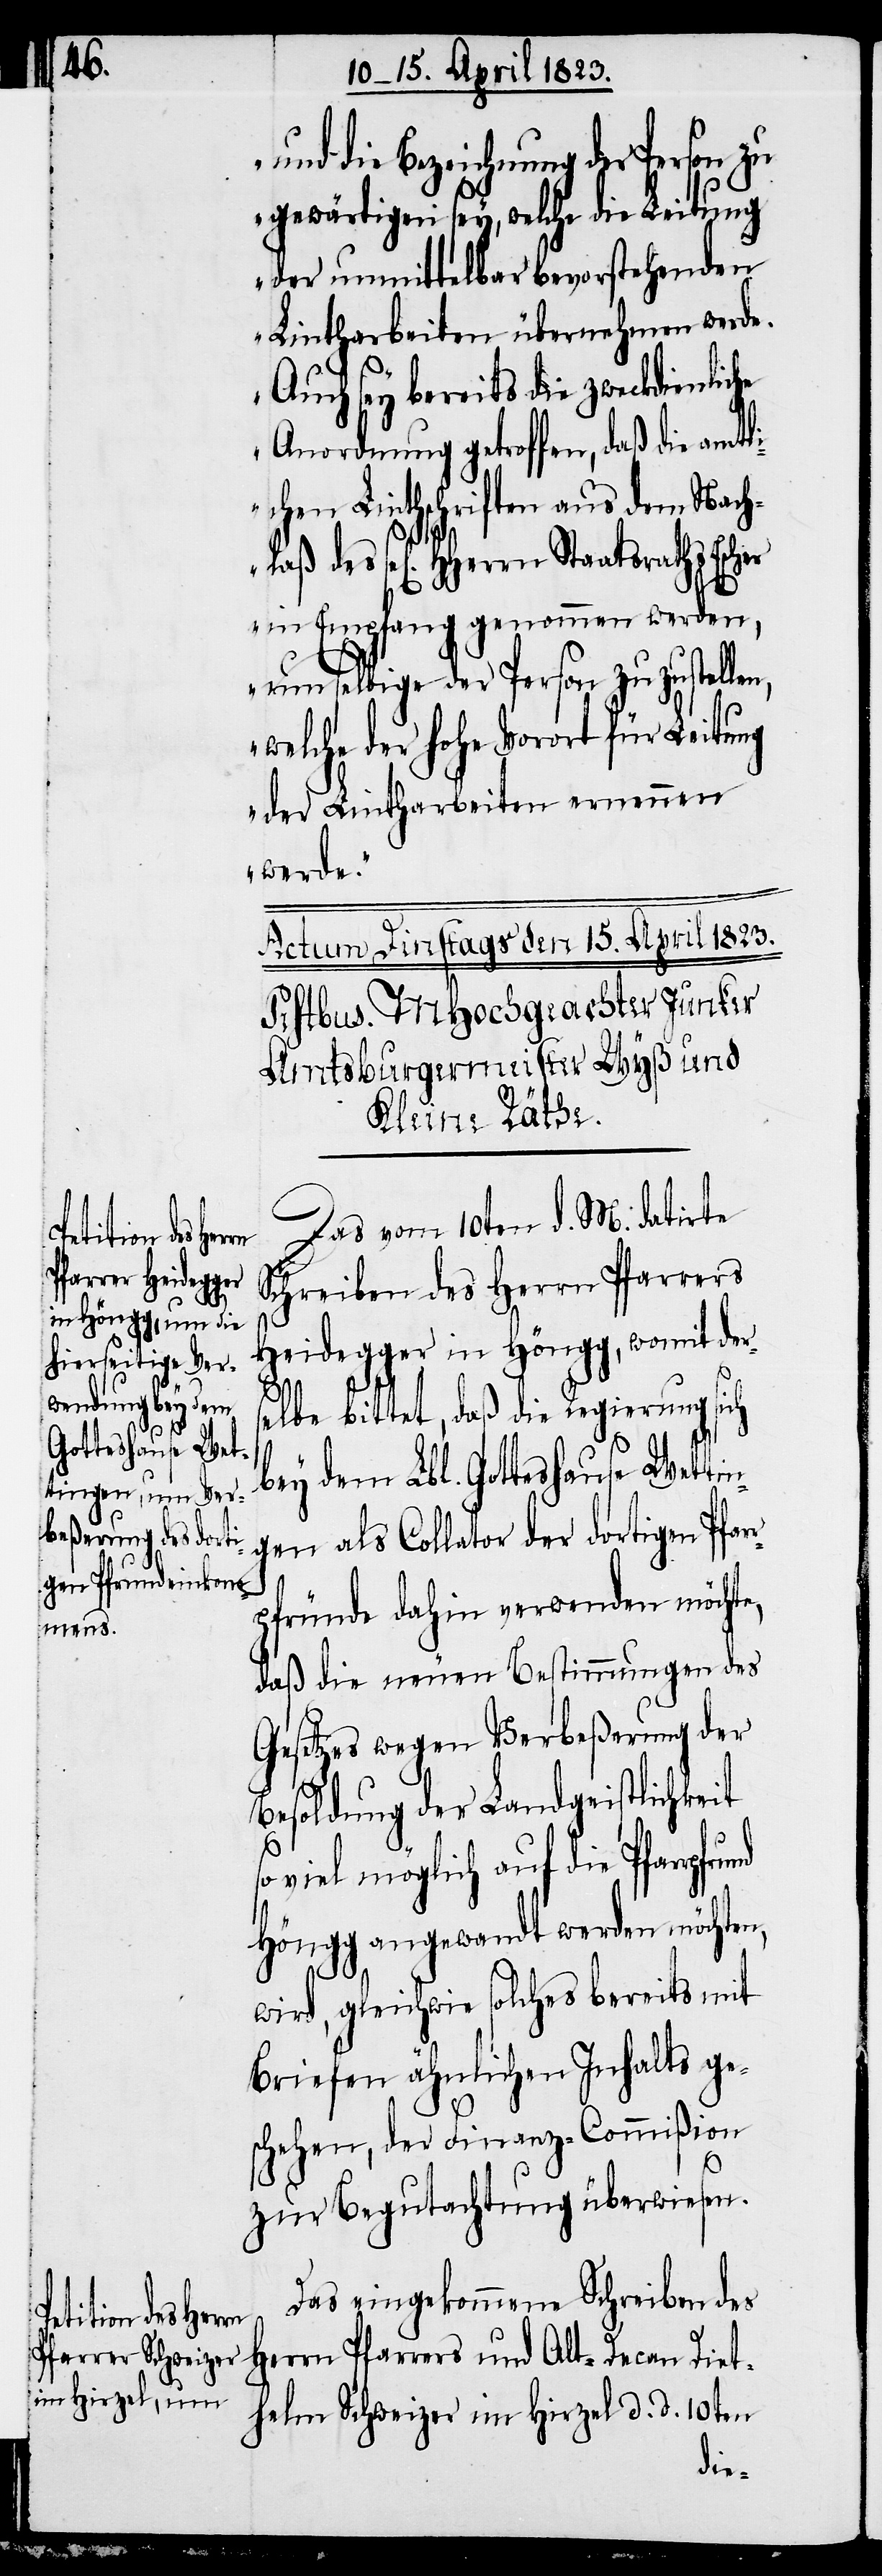
und die Bezeichnung der Person
gewärtigen sey, welche die Leitung
der unmittelbar bevorstehenden
Lintharbeiten übernehmen werde.
Auch sey bereits die zweckdienlic¬
Anordnung getroffen, daß die amtl¬
ichen Linthschriften aus dem Nach¬
des sel[igen] HHerrn Staatsraths Escher
in Empfang genommen werden,
um selbige der Person zuzustellen,
welche der hohe Vorort für Leitung
der Lintharbeiten ernennen
werde.“
Das vom 10ten d. M. datirte
Das eingekom¬
Schreiben des Herrn Pfarrers
Heidegger in Höngg, womit ders¬
d. d.
elbe bittet, daß die Regierung sich
bey dem Lbl. Gotteshause Wetti¬
ngen als Collator der dortigen Pfar¬
rpfründe dahin verwenden möchte,
mene
daß die neuen Bestimmungen des
Gesetzes wegen Verbeßerung der
Besoldung der Landgeistlichkeit
viel möglich auf die Pfarrp¬
Höngg angewandt werden möchten,
wird, gleichwie solches bereits mit
Briefen ähnlichen Inhalts ge¬
schehen, der Finanz-Commißion
zur Begutachtung überwiesen.